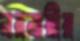
নরনারীর